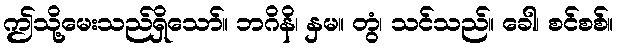
ဤသို့မေးသည်ရှိသော်။ ဘဂိနိ၊ နှမ။ တွံ၊ သင်သည်။ ခေါ၊ စင်စစ်။